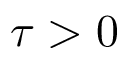
\tau > 0